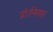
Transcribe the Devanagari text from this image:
प्रो।निसार